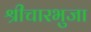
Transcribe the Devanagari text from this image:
श्रीचारभुजा